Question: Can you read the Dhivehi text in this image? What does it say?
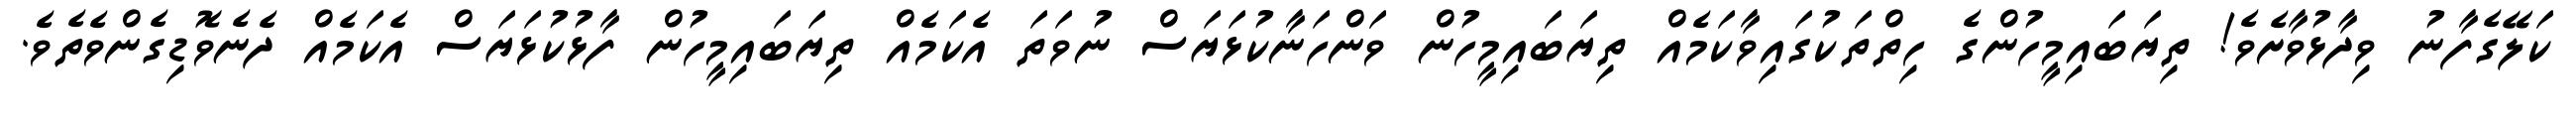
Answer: ކަލޭގެފާނު ވިދާޅުވާށެވެ! ތިޔަބައިމީހުންގެ ހިތްތަކުގައިވާކަމެއް ތިޔަބައިމީހުން ވަންހަނާކުޅަޔަސް ނުވަތަ އެކަމެއް ތިޔަބައިމީހުން ފާޅުކުޅަޔަސް އެކަމެއް ދެނެވޮޑިގެންވެތެވެ.